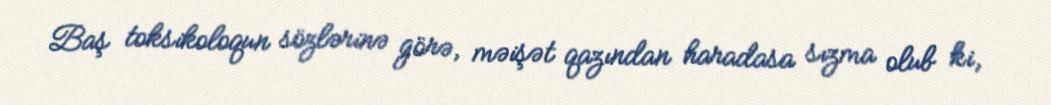
Baş toksikoloqun sözlərinə görə, məişət qazından haradasa sızma olub ki,